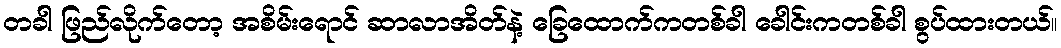
တခါ ဖြည်လိုက်တော့ အစိမ်းရောင် ဆာလာအိတ်နဲ့ ခြေထောက်ကတစ်ခါ ခေါင်းကတစ်ခါ စွပ်ထားတယ်။